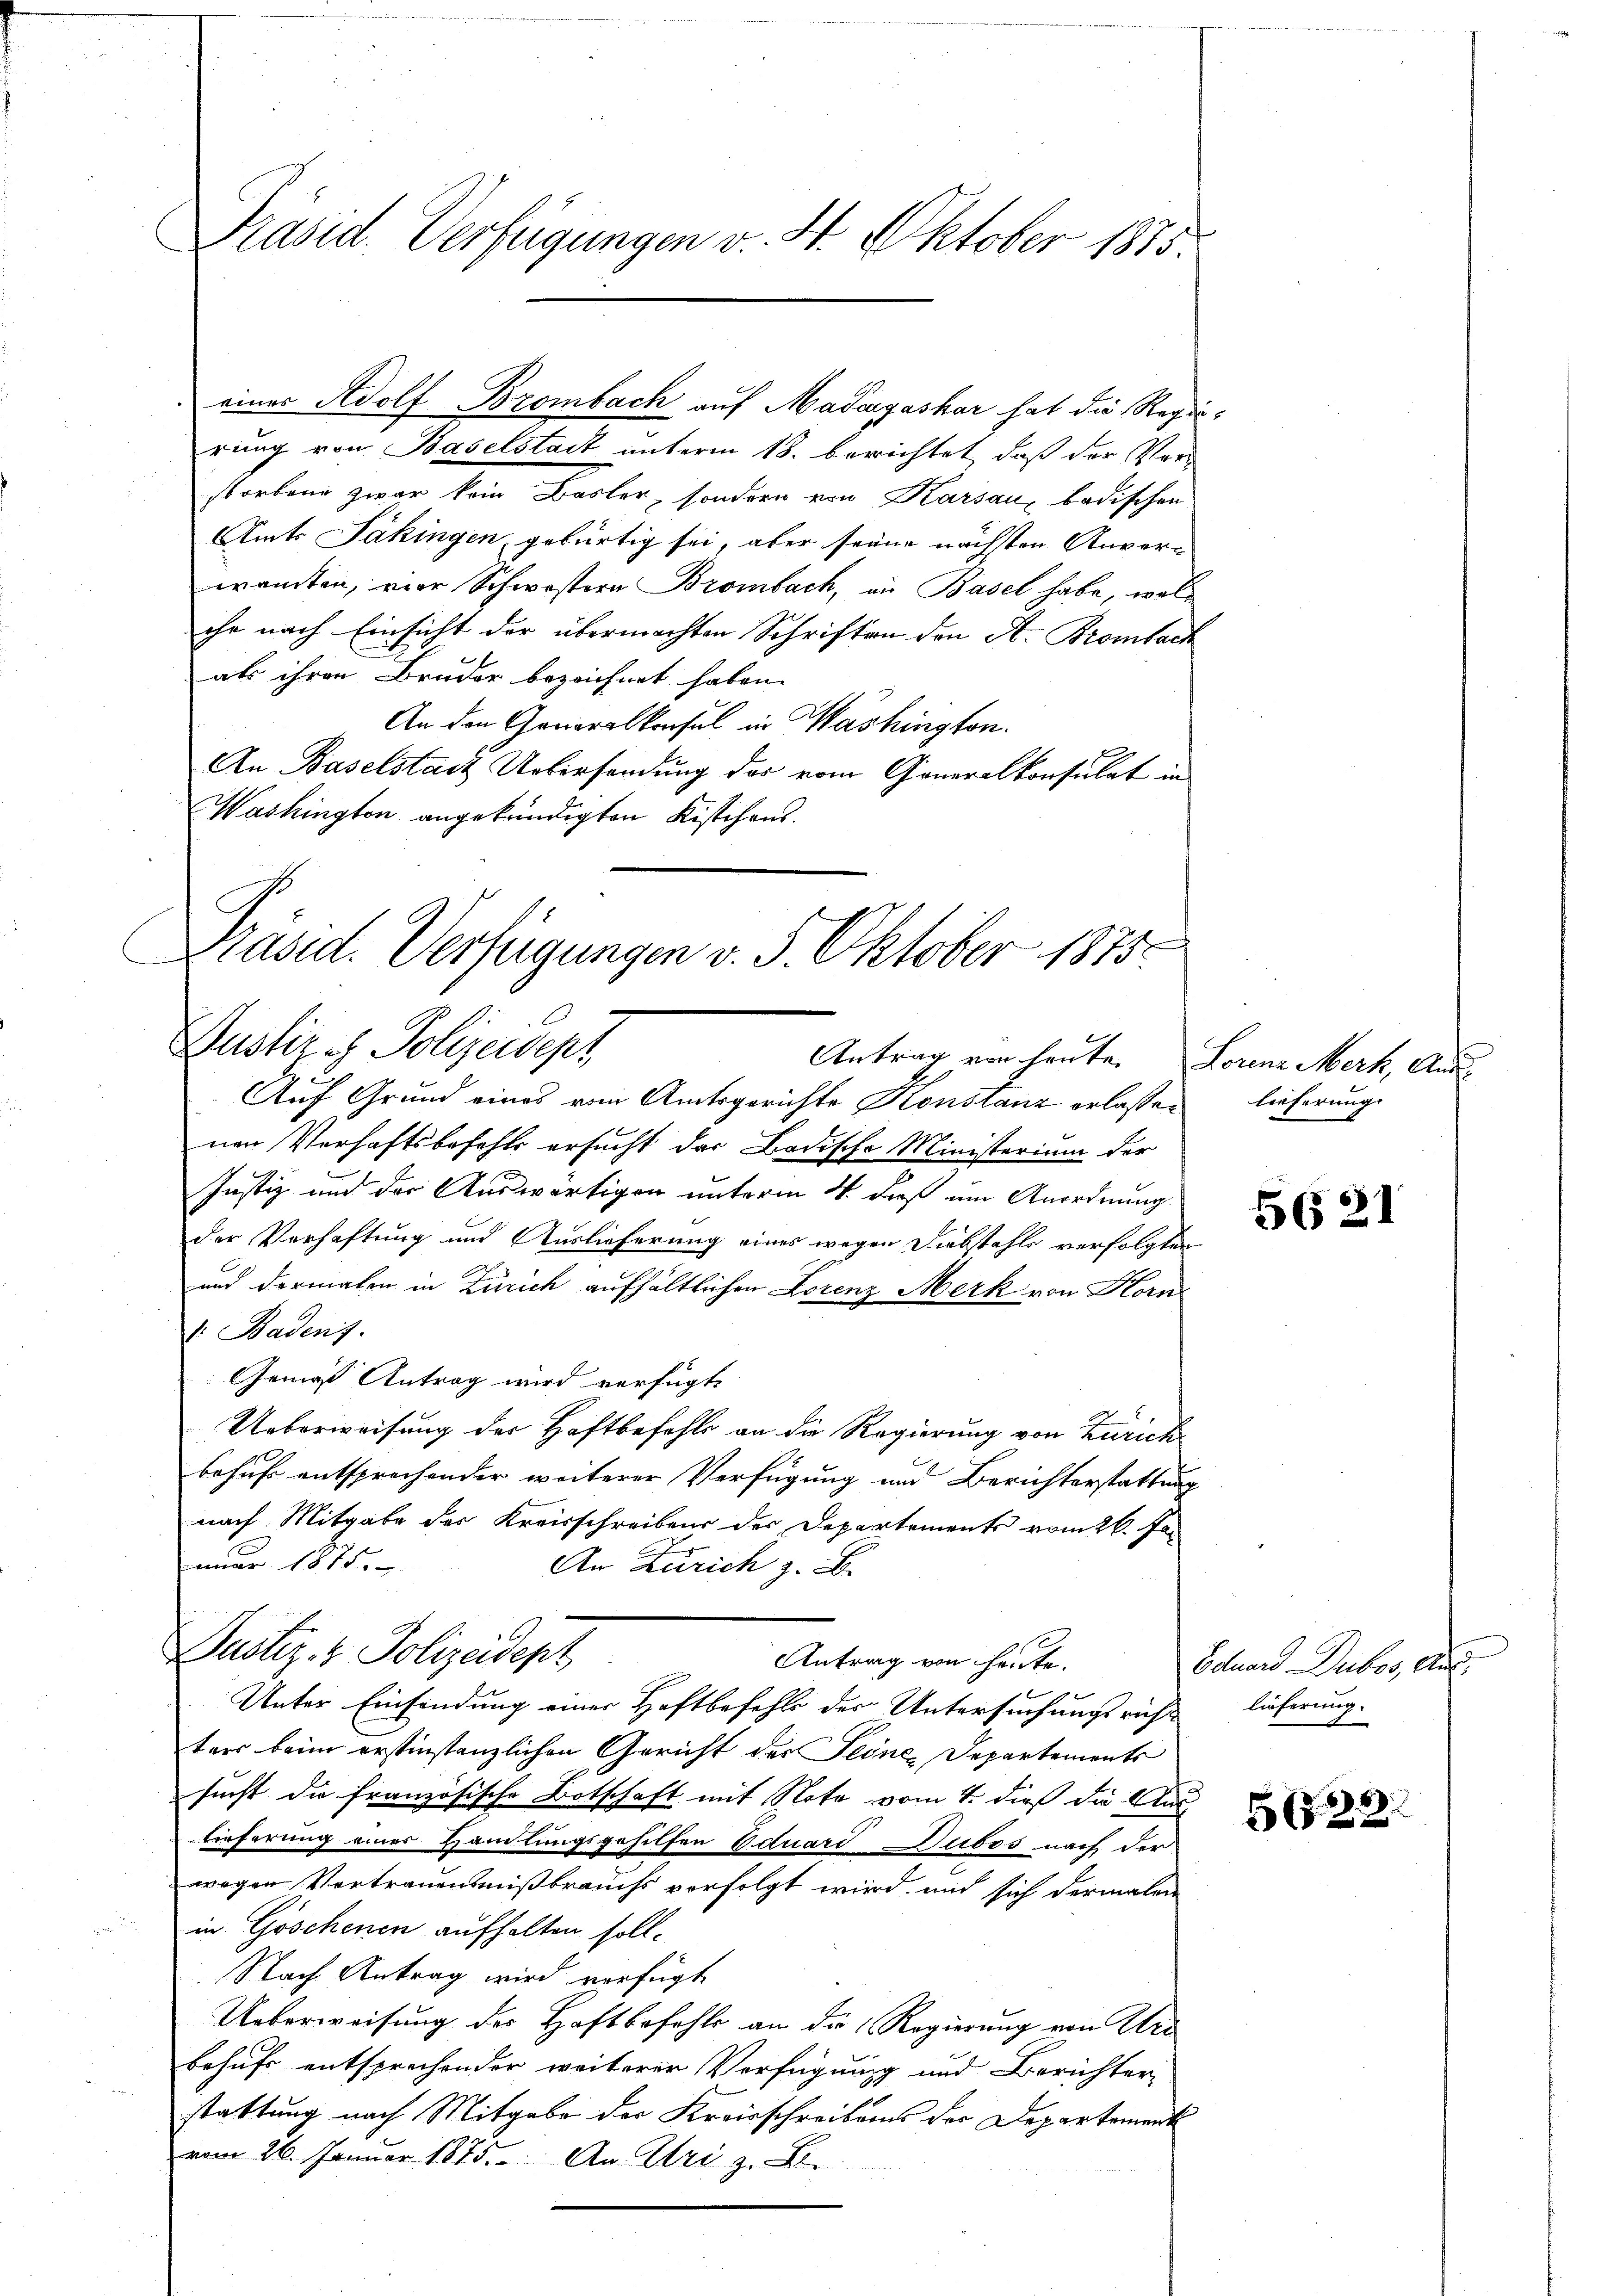
Präsid. Verfügungen v. 4. Oktober 1885.

rung von Baselstadt unterm 18. berichtet, daß der Vorstorbend zwar kein Basler, sondern von Karsau, badischen
Amts Jäkingen, gebürtig sei, aber seine nächsten Anverwanten, vor Schwestern Brombach, an Basel habe, wolche nach Einsicht der übermachten Schriften den A. Brombach
als ihren Bruder bezeichnet haben.
An den Generalkonsul in Washington.
An Baselstadt Uebersendung des vom Generalkonsulat in
Washington angekündigten Kistchens.
Präsid. Verfügungen v. 5. Oktober 1875.

eines Adolf Brombach auf Madegashar hat die Regie¬

Dustiret Polizeideps
Antrag von heute. Lorenz Merk, Aus¬

Auf Grund eines vom Amtsgerichte Konstanz erlassenen Verhaftsbefehls ersucht der Badische Ministerium der
Justiz und der Auswärtigen unterm 4. daß um Anordnung
der Verhaftung und Auslieferung eines wegen Diebstahls verfolgten
und dermalen in Zürich aufhältlichen Lorenz Merk von Horn
1. Badens.
Gries Antrag wird verfügt:
Ueberweisung der Haftbefehls an die Regierung von Zürich
behuf entsprechender weiterer Verfügung und Berichterstattung
nach Mitgabe der Kreisschreibens der Departements vom 26. Januar 1875.
An Zürich z. B.
Justiz- & Polizeidept
Antrag von heute.
Unter Einsendung einer Haftbefehls des Untersuchungsricht
ter beim erstinstanzlichen Gericht des Seine Departements
sucht die französische Botschaft mit Note vom 4. dieß die Aus-
lieferung eines Handlungsgehilfen Eduard Dubos nach der
wegen Vortrauensmißbrauchs verfolgt wird und sich dermalen
u
in Göschenen aufhalten soll.
Nach Antrag wird verfügt
Ueberweisung der Haftbefehls an die (Regierung von Uri
behufs entsprechender weiterer Verfügung und Berichter-
stattung nach Mitgabe der Kreisschreibens der Departement
vom 26. Januar 1875. An Uri z. B.

lieferung.

5621

Eduard Dubos, Aus
lieferung.

523